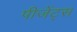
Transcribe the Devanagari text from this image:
पीजेंट्स